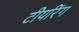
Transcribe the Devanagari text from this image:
टीयरिंग